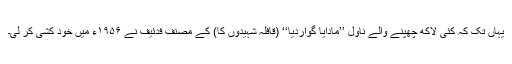
یہاں تک کہ کئی لاکھ چھپنے والے ناول ’’مادایا گواردیا‘‘ (قافلہ شہیدوں کا) کے مصنف فدئیف نے ۱۹۵۶ء میں خود کشی کر لی۔